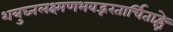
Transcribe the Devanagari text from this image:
शत्रुघ्नलक्ष्मणभवद्भरतार्चिताङ्घ्रे